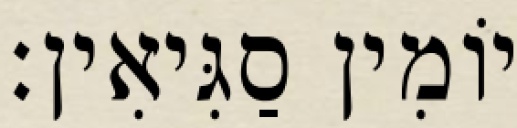
יוֹמִין סַגִּיאִין׃